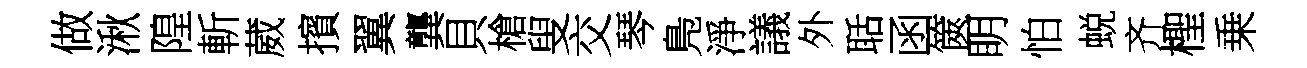
做湫隍斬葳擯翼龔貝槍叟交琴鳬淨議外聒函篋眀怕蜕齐檉乗